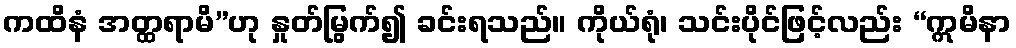
ကထိနံ အတ္ထရာမိ”ဟု နှုတ်မြွက်၍ ခင်းရသည်။ ကိုယ်ရုံ၊ သင်းပိုင်ဖြင့်လည်း “ဣမိနာ